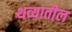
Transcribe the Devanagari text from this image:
थव्यातील